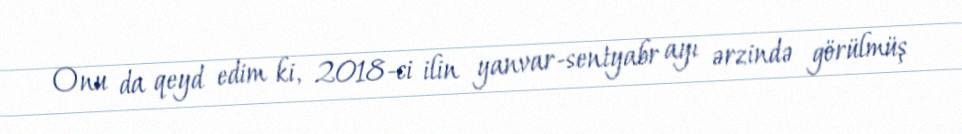
Onu da qeyd edim ki, 2018-ci ilin yanvar-sentyabr ayı ərzində görülmüş